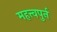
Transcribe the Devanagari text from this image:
महत्त्वपुर्न